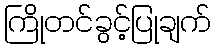
ကြိုတင်ခွင့်ပြုချက်